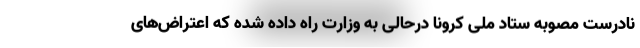
نادرست مصوبه ستاد ملی کرونا درحالی به وزارت راه داده شده که اعتراض‌های